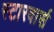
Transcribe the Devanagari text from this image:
स्टारवार्स